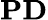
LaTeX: \mathbf{PD}